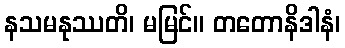
နသမနုဿတိ၊ မမြင်။ တတောနိဒါနံ၊